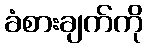
ခံစားချက်ကို